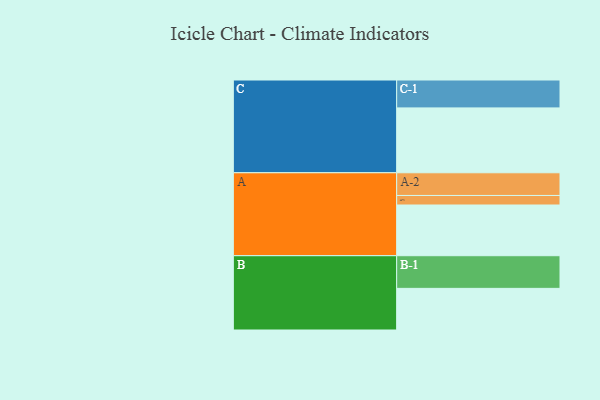
{"axis": {"x": "Segment", "y": "Value"}, "legend": ["", "A", "B", "C"], "data": [{"x": "A", "y": 458, "type": ""}, {"x": "B", "y": 376, "type": ""}, {"x": "C", "y": 586, "type": ""}, {"x": "A-1", "y": 86, "type": "A"}, {"x": "A-2", "y": 205, "type": "A"}, {"x": "B-1", "y": 295, "type": "B"}, {"x": "C-1", "y": 252, "type": "C"}]}